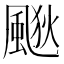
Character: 𱃀